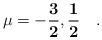
LaTeX: \begin{align*}\mathbf{\mu = -\frac{3}{2}, \frac{1}{2}}\quad.\end{align*}